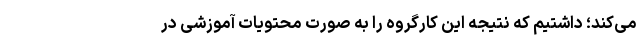
می‌کند؛ داشتیم که نتیجه این کارگروه را به صورت محتویات آموزشی در